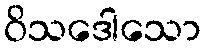
ဝိသဒေါသော